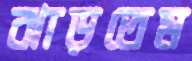
ঝাড়তেম